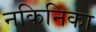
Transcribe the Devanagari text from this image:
नकिनिका